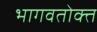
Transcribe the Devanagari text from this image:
भागवतोक्त